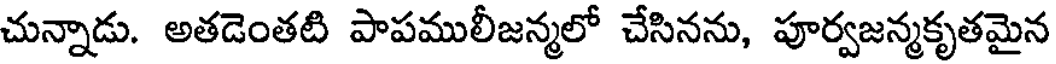
చున్నాడు. అతడెంతటి పాపములీజన్మలో చేసినను, పూర్వజన్మకృతమైన